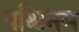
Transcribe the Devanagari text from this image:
पश्चिनम